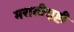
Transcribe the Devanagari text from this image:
मराठीसृष्टी